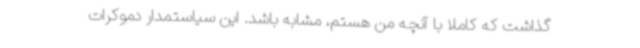
گذاشت که کاملا با آنچه من هستم، مشابه باشد. این سیاستمدار دموکرات